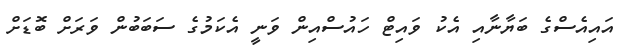
އައިއެސްގެ ބަޔާނާއި އެކު ވައިޓް ހައުސްއިން ވަނީ އެކަމުގެ ސަބަބުން ވަރަށް ބޮޑަށް